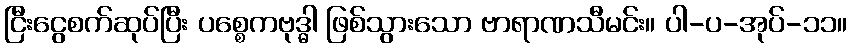
ငြီးငွေစက်ဆုပ်ပြီး ပစ္စေကဗုဒ္ဓါ ဖြစ်သွားသော ဗာရာဏသီမင်း။ ပါ-ပ-အုပ်-၁၁။